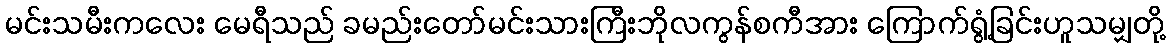
မင်းသမီးကလေး မေရီသည် ခမည်းတော်မင်းသားကြီးဘိုလကွန်စကီအား ကြောက်ရွံ့ခြင်းဟူသမျှတို့